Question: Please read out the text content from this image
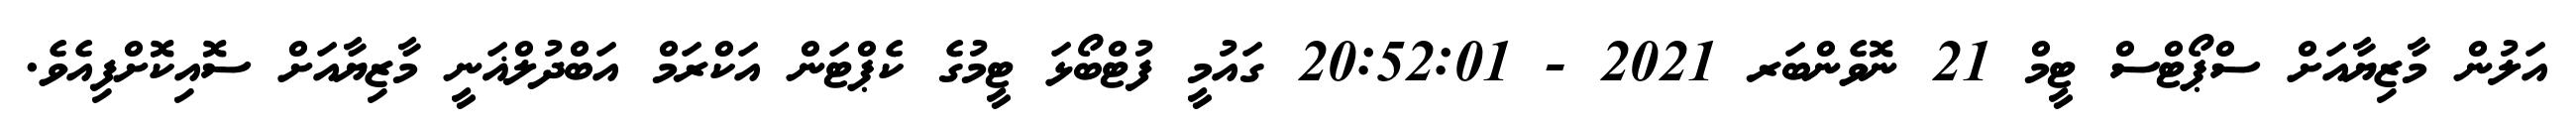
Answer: އަލުން މާޒިޔާއަށް ސްޕޯޓްސް ޓީމް 21 ނޮވެންބަރ 2021 - 20:52:01 ގައުމީ ފުޓްބޯޅަ ޓީމުގެ ކެޕްޓަން އަކްރަމް އަބްދުލްޣަނީ މާޒިޔާއަށް ސޮއިކޮށްފިއެވެ.